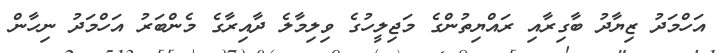
އަހްމަދު ޒިޔާދު ބާގިރާއި ރައްޔިތުންގެ މަޖިލީހުގެ ވިލިމާލެ ދާއިރާގެ މެންބަރު އަހްމަދު ނިހާން